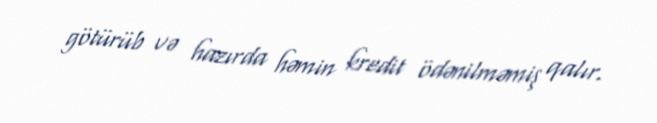
götürüb və hazırda həmin kredit ödənilməmiş qalır.